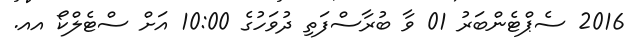
2016 ސެޕްޓެންބަރު 01 ވާ ބުރާސްފަތި ދުވަހުގެ 10:00 އަށް ސްޓެލްކޯ އއ.